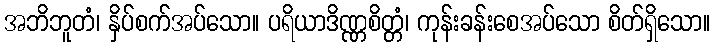
အဘိဘူတံ၊ နှိပ်စက်အပ်သော။ ပရိယာဒိဏ္ဏစိတ္တံ၊ ကုန်းခန်းစေအပ်သော စိတ်ရှိသော။